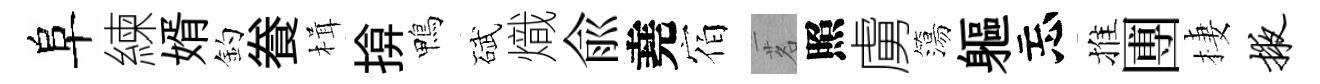
阜練婿釣飬楫揜鴨碔熾兪堯宿茗照虜簜軀忘推圑棲掖